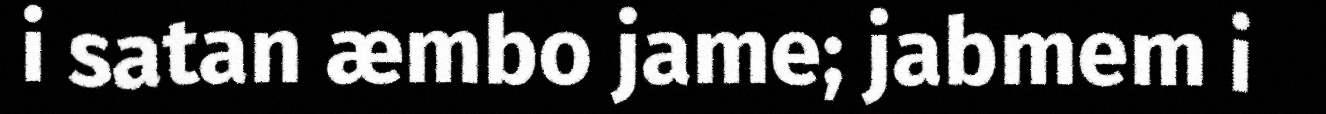
i satan æmbo jame; jabmem i